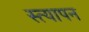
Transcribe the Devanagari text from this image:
स्त्यापन